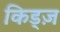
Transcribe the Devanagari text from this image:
किड्ज़